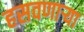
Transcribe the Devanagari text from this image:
हसवणाऱ्या